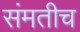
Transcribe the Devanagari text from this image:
संमतीच